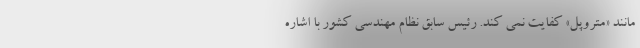
مانند «متروپل» کفایت نمی کند. رئیس سابق نظام مهندسی کشور با اشاره